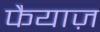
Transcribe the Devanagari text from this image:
फैयाज़